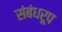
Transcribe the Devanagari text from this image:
संबंधरूप